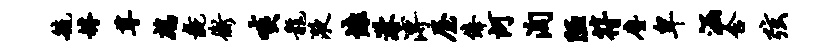
毓罅尊鹧彘衡啖龙液慷淋溥屋俸河洵陋符尘卑涵含弦